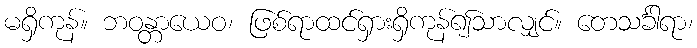
မရှိကုန်။ ဘဝန္တာယေဝ၊ ဖြစ်ရာထင်ရှားရှိကုန်၍သာလျှင်။ တေသင်္ခါရာ၊